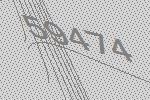
59474